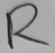
Text: R